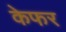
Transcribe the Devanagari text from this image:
केफर